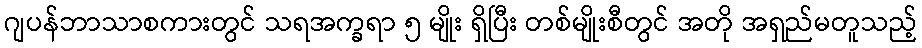
ဂျပန်ဘာသာစကားတွင် သရအက္ခရာ ၅ မျိုး ရှိပြီး တစ်မျိုးစီတွင် အတို အရှည်မတူသည့်